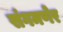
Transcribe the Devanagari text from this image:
संगमणेर